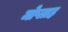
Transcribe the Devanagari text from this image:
मोप्लाह